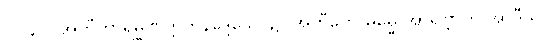
၁၀၄၇။ အတီတာရမ္မဏတ္တိကနိဒ္ဒေသေ၊ ၌။ အတီတေ ဓမ္မေ အာရဗ္ဘာတိ အာဒီသု၊